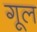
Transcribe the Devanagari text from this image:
गूल